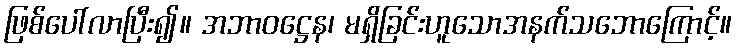
ဖြစ်ပေါ်လာပြီး၍။ အဘာဝဋ္ဌေန၊ မရှိခြင်းဟူသောအနက်သဘောကြောင့်။